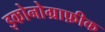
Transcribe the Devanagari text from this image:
इकोनोग्राफ़ीक